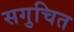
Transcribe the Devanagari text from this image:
सगुचित